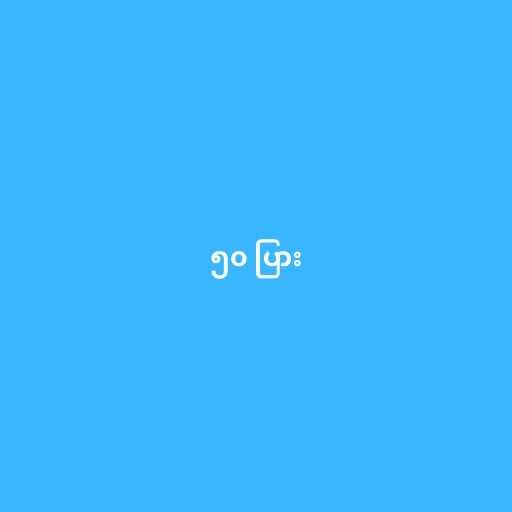
၅၀ ပြား